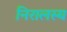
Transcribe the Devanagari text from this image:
निरालस्य